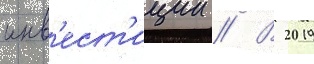
инв'ест'иции // В 2019